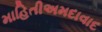
માહિતીઅમદાવાદ